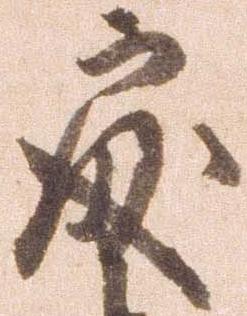
処